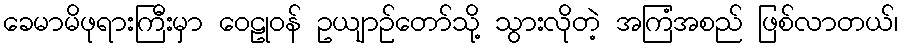
ခေမာမိဖုရားကြီးမှာ ဝေဠုဝန် ဥယျာဉ်တော်သို့ သွားလိုတဲ့ အကြံအစည် ဖြစ်လာတယ်၊